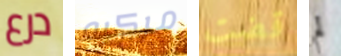
درع مركبه قضت لم